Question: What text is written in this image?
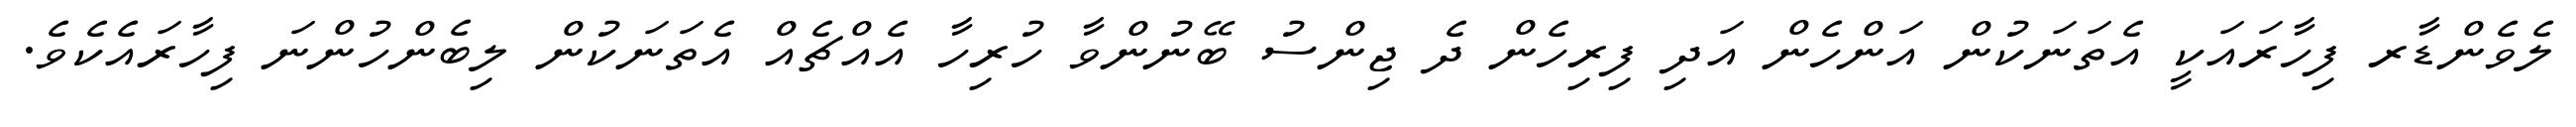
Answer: ލެވެންޑާރ ފިހާރައަކީ އެތަނަކުން އަންހެން އަދި ފިރިހެން ދެ ޖިންސު ބޭނުންވާ ހުރިހާ އެއްޗެއް އެތަނަކުން ލިބެންހުންނަ ފިހާރައެކެވެ.